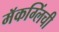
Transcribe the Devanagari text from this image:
मॅकग्लिंची